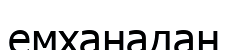
емханадан